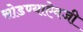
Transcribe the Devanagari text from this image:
सोडण्याऐवजी